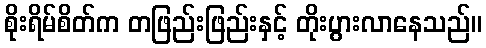
စိုးရိမ်စိတ်က တဖြည်းဖြည်းနှင့် တိုးပွားလာနေသည်။